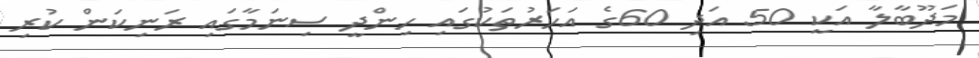
މަދޫބާލާ އަކީ 50 އަދި 60ގެ އަހަރުތަކުގައި ހިންދީ ސިނަމާގައި ރަނިކަން ކުރި